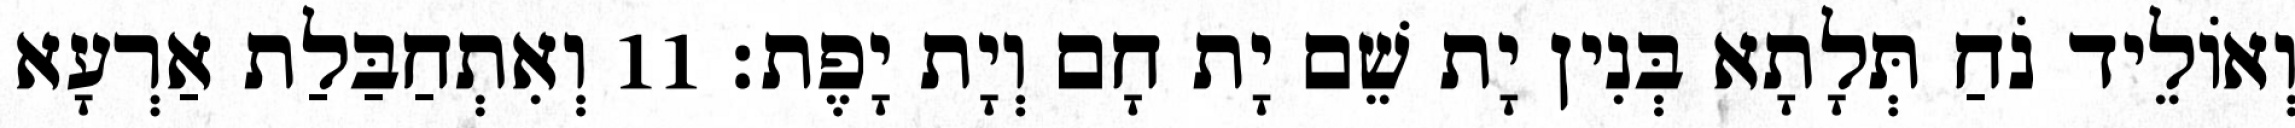
וְאוֹלֵיד נֹחַ תְּלָתָא בְּנִין יָת שֵׁם יָת חָם וְיָת יָפֶת׃ 11 וְאִתְחַבַּלַת אַרְעָא